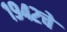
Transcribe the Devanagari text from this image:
१९४२चे